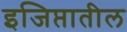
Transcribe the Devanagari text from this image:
इजिप्तातील